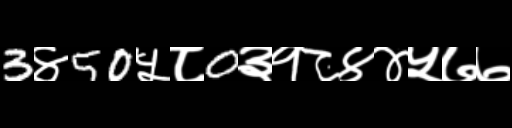
Text: 3४50५८0३१८४४५७७